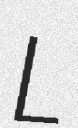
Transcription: L